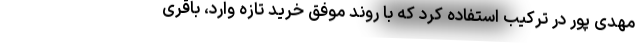
مهدی پور در ترکیب استفاده کرد که با روند موفق خرید تازه وارد، باقری